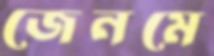
জেনমে